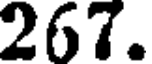
267.